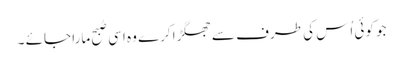
جو کوئی اُس کی طرف سے جھگڑا کرے وہ اِسی صُبح مارا جائے ۔